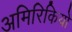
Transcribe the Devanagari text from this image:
अमिरिकियों